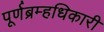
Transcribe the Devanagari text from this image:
पूर्णब्रम्हधिकारी